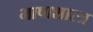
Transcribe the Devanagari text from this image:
भाषाशास्‍त्र